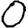
Digit: 0